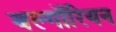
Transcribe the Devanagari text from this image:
बल्गॉरियन